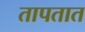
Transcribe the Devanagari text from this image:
तापतात